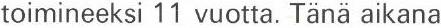
toimineeksi 11 vuotta. Tänä aikana